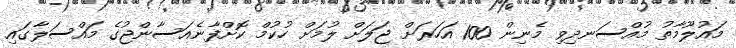
މައުލޫމާތު މުއްސަނދިވި މެނިން 100 އަހަރަށް ޖަލަށް ލުމަށް ހުކުމް ކޮށްފާނެއަސާންޖުގެ މައްސަލާގައި